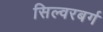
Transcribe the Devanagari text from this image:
सिल्वरबर्ग